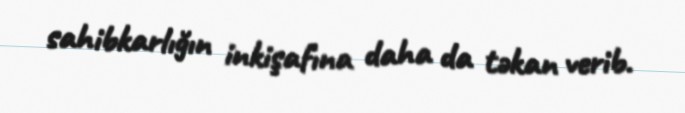
sahibkarlığın inkişafına daha da təkan verib.